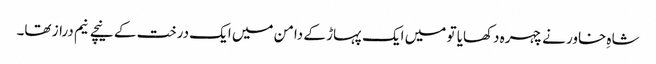
شاہِ خاور نے چہرہ دکھایا تو میں ایک پہاڑ کے دامن میں ایک درخت کے نیچے نیم دراز تھا۔